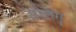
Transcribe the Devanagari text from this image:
सोलंगु